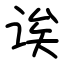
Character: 诶